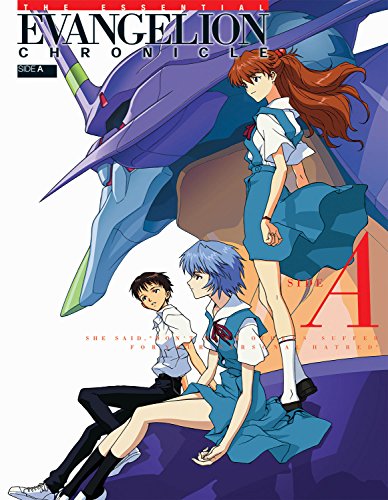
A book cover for The Essential Evangelion Chronicle: Side A (Essential Evangelion Chronicle SC); We've Inc; Arts & Photography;